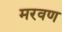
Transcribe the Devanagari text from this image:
मरवण